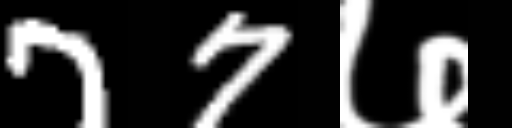
Text: 77७